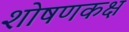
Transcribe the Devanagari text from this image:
शोषणकक्ष